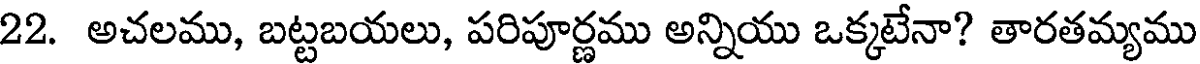
22. అచలము, బట్టబయలు, పరిపూర్ణము అన్నియు ఒక్కటేనా? తారతమ్యము